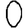
Digit: 0